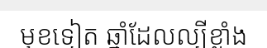
មុខទៀត ឆ្នាំដែលល្បីខ្លាំង